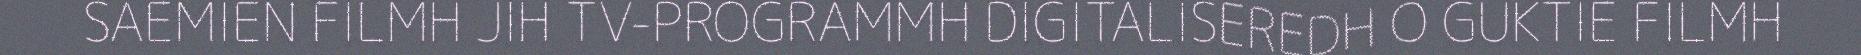
SAEMIEN FILMH JIH TV-PROGRAMMH DIGITALISEREDH O GUKTIE FILMH